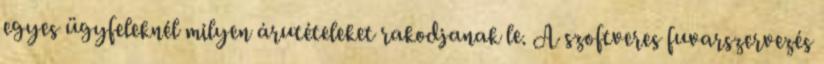
egyes ügyfeleknél milyen árutételeket rakodjanak le. A szoftveres fuvarszervezés